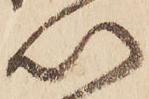
以